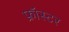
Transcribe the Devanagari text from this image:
फ्रॉस्टर